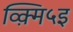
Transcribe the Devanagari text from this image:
व्क़्मि५इ